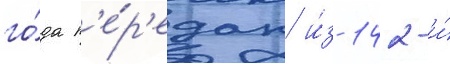
го́да п'е́р'едан и́з 142-и́